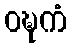
ဝဍ္ဎကံ